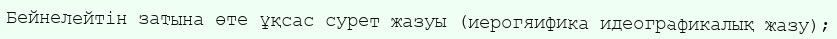
Бейнелейтін затына өте ұқсас сурет жазуы (иерогяифика идеографикалық жазу);